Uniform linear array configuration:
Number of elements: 12
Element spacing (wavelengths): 1
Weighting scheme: exponential
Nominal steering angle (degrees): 15
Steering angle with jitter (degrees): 16.311
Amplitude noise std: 0.05
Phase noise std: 0.05

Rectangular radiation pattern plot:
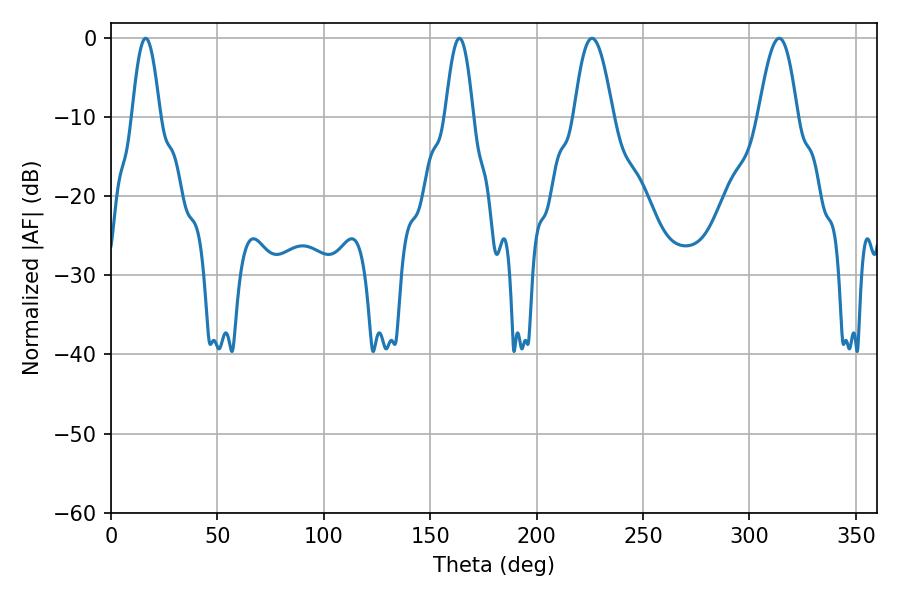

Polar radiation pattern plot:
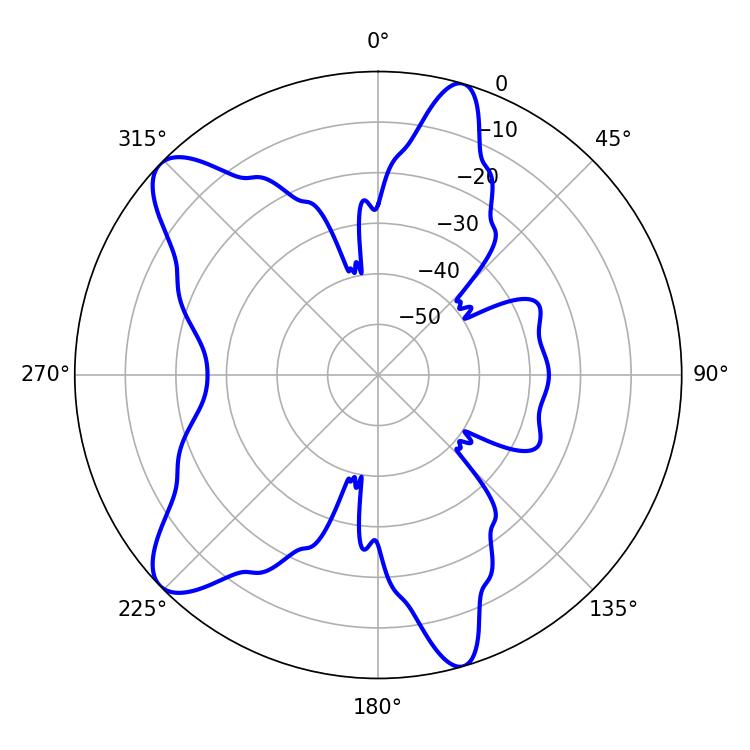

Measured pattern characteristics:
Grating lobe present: TRUE
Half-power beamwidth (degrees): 9.9
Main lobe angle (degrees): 226.08